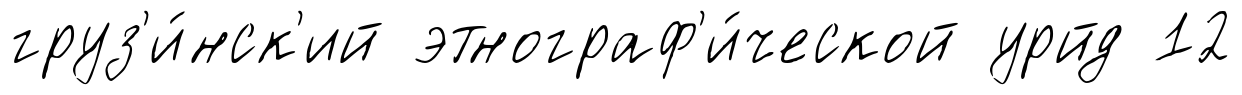
груз'и́нск'ий этнограф'и́ческой урйд 12